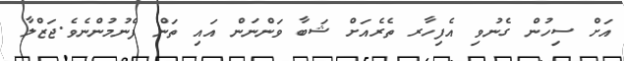
އަށް ސިހުން ގެނުވި އެފިހާރ ތެރެއަށް ޝަބާ ވަންނަން އައި ތަން ފެނުމުންނެވެ.ޖަޒްލާ